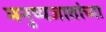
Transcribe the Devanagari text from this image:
मनुष्यजातांच्या